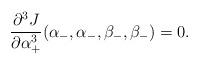
LaTeX: \begin{align*} \frac{\partial^3J}{\partial\alpha_+^3}(\alpha_-,\alpha_-,\beta_-,\beta_-)=0.\end{align*}